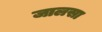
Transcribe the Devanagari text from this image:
जालसा